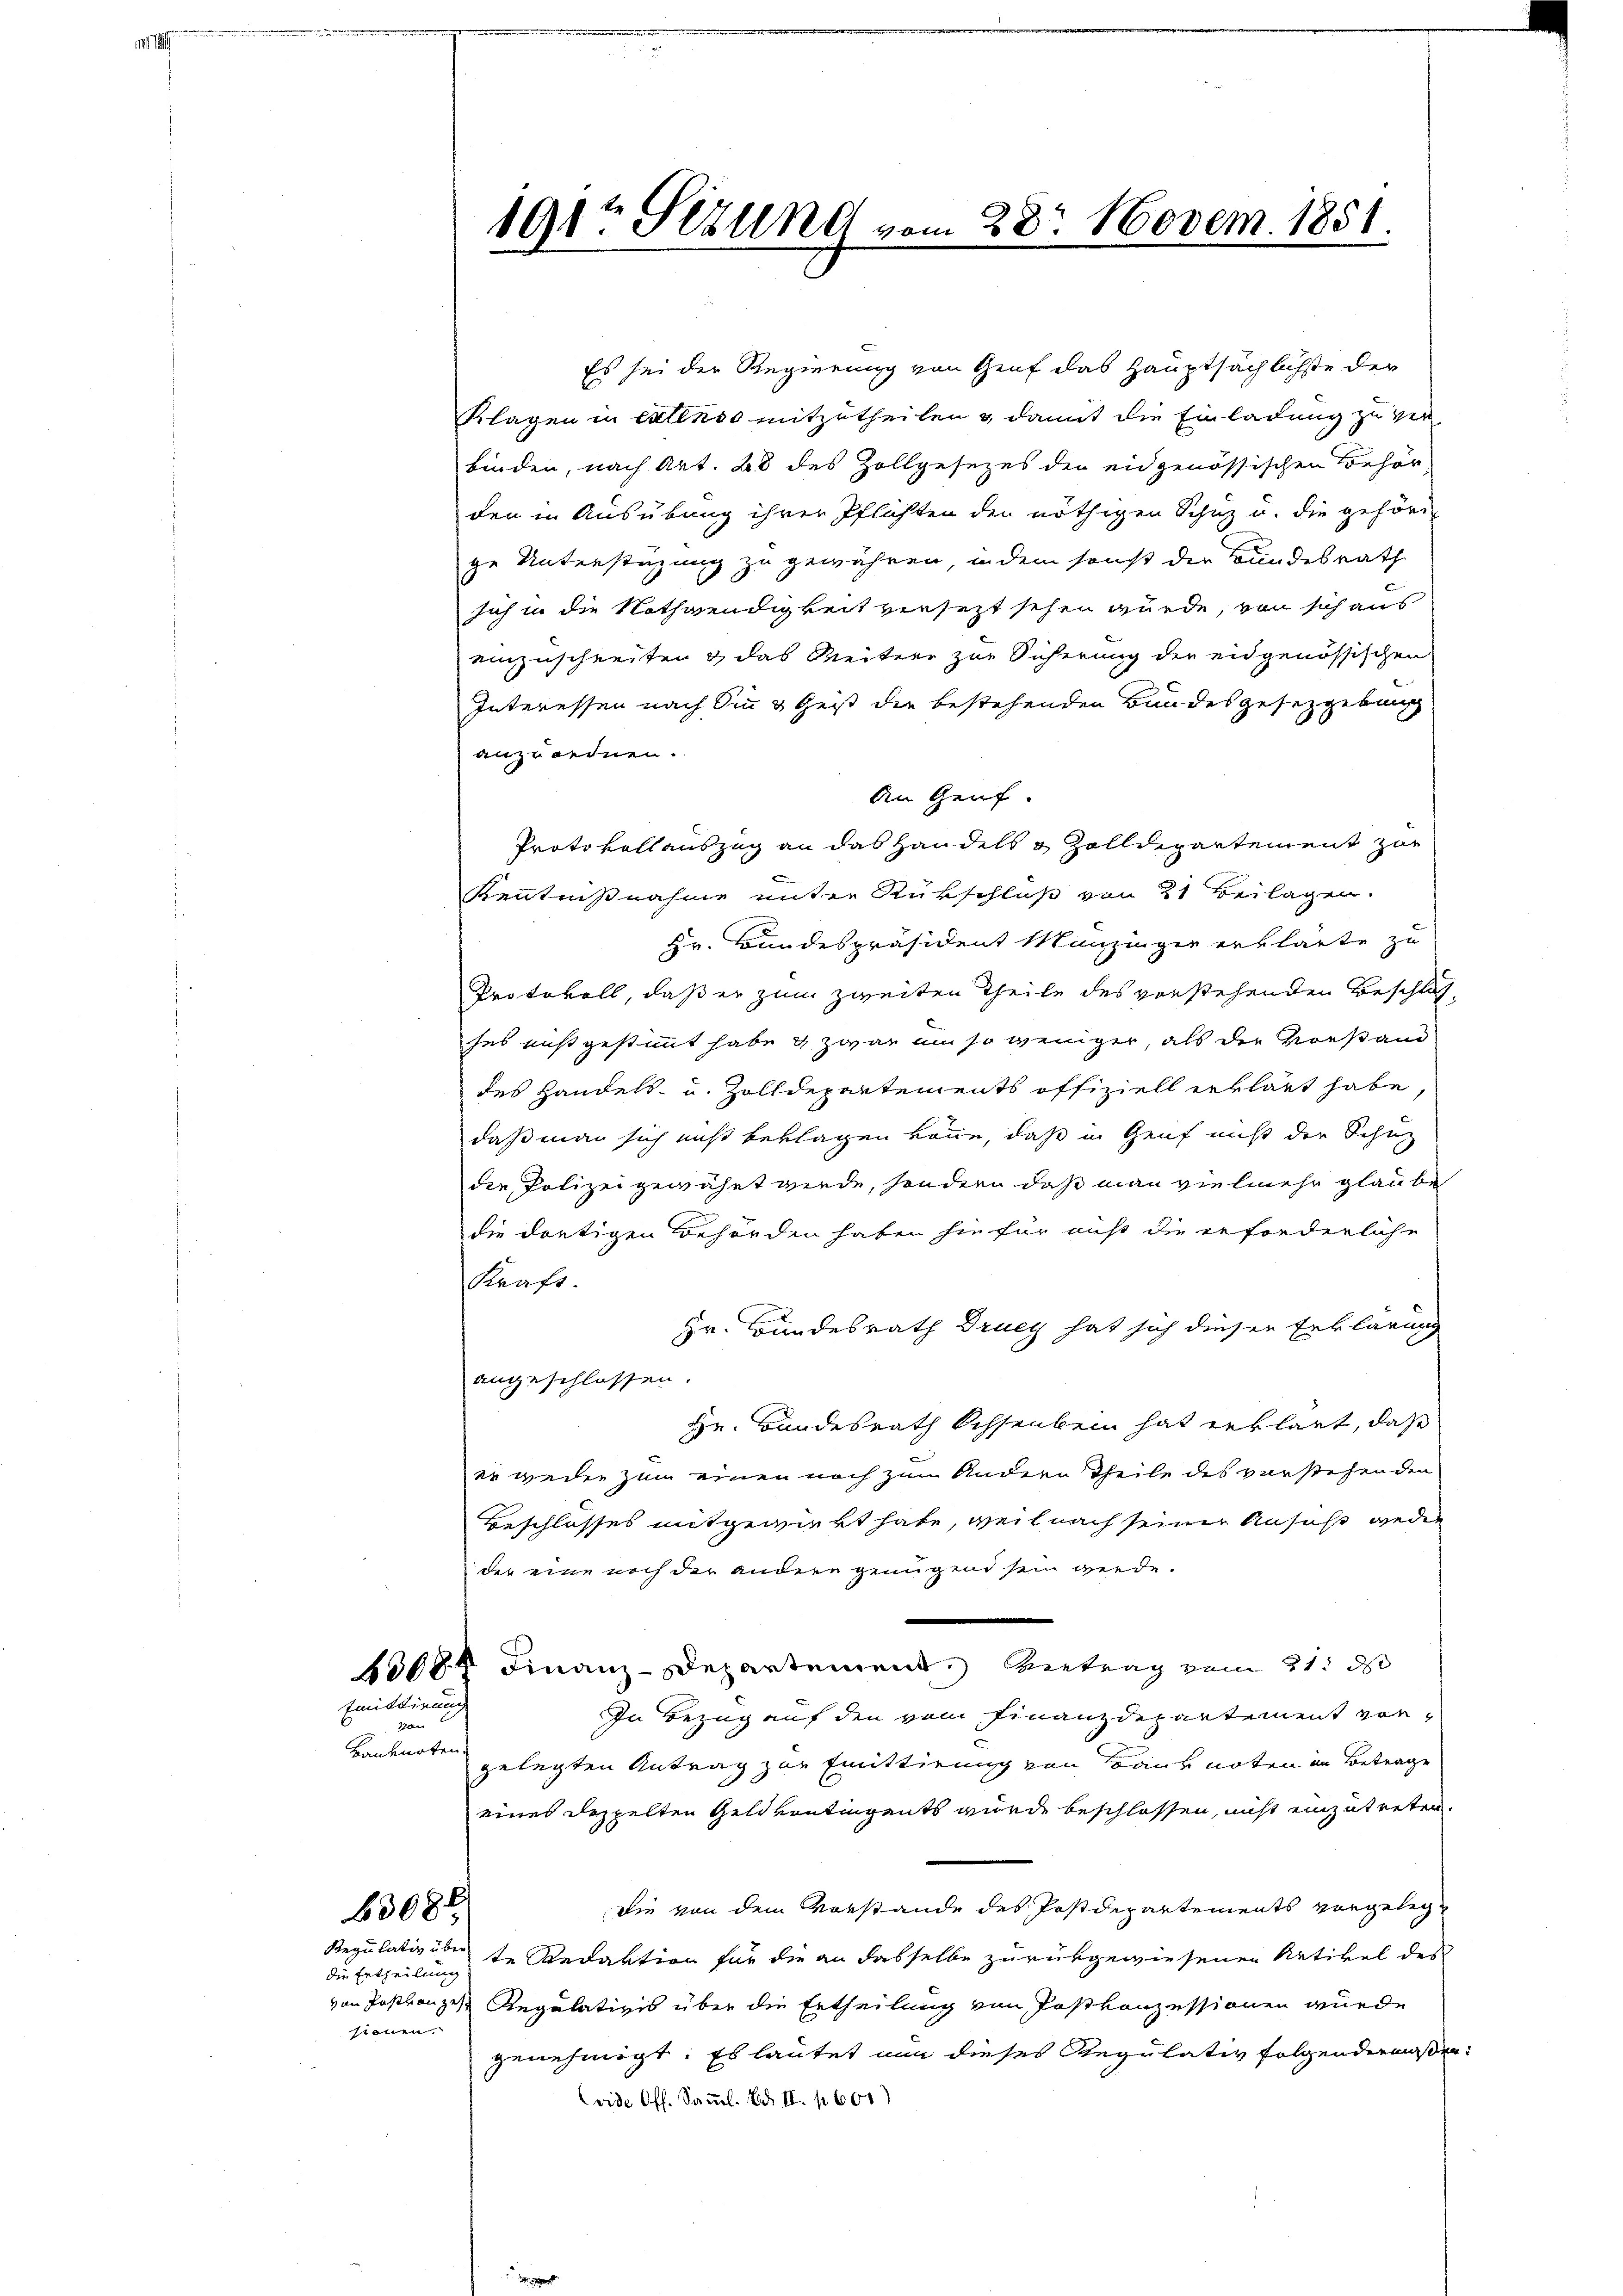
i

Es sei der Regierung von Genf das Hauptsächlichste der
Klagen in extenso mitzutheilen & damit die Einladung zu ver-
binden, nach Art. 28 des Zollgesezes der eidgenössischen Behörden in Ausübung ihrer Pflichten den nöthigen Schuz u. die gehöre
ge Unterstüzung zu gewähren, indem sonst der Bundesrath
sich in die Nothwendigkeit versezt sehen würde, von sich aus
einzuschreiten & das Weitere zur Sicherung der eidgenössischen
Interessen nach Sie & Geist der bestehenden Bundesgesetzgebung
anzuordnen.
An Genf.
Protokollauszug an das Handels 8 Zolldepartement zur
Kenntnißnahme unter Rückschluß von 21 Beilagen.
Hr. Bundespräsident Munzinger erklärte zu
Protokoll, daß er zum zweiten Theile des vorstehenden Beschlässes enstgestimmt habe & zwar um so weniger, als der Vorstand
des Handels- u. Zolldepartements offiziell erklärt habe,
daß man sich nicht beklagen könne, daß in Genf nicht der Schuz
die Polizei gewährt werde, sondern daß man vielmehr glaube
die dortigen Behörden haben sie für auf die erforderliche
Kraft.
Hr. Bundesrath Druey hat sich dieser Erklärung
angeschlossen.
He. Bundesrath bessenbein hat erklärt, daß
er weder zum einen noch zum Andern Theile des verstehenden
Beschlosses mitgewirkt habe, weil nach seiner Ansucht weder
der eine noch der andere genügend sein werde.
1084 Finanz-Departement. Vertrag vom 21. d
Emittirung
In Bezug auf den vom Finanzdepartement vor¬
Han
Baubarten.
gelegten Antrag zur Emittirung von Banknoten in Betrage
eines Doppelten Geldvontingents wurde beschlossen, nicht einzutreten,
Die von dem Vorstande des Postdepartements vorgeleg¬
6308
Regulativ über de Redaktion für die an dasselbe zurükgewiesenen Artikel des
die Ertheilung
von Postanze Regulatives über die Ertheilung von Postkonzessionen wurde
sionen.
genehmigt. Es lautet nun dieses Regulativ folgendermaßen
(vide Off. Samml. Bd. II. p. 600)

191t Sizung vom 28. Novem. 1851